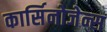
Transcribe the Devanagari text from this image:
कार्सिनोजेन्स